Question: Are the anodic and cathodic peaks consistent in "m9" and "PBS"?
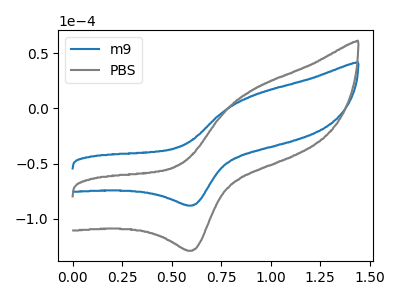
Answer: <think>The blue curve "m9" has an anodic peak at (0.90V, 11.45uA) and a cathodic peak at (0.60V, -88.10uA). The gray curve "PBS" has an anodic peak at (0.90V, 16.75uA) and a cathodic peak at (0.60V, -128.95uA).</think>
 <answer>Yes, "m9" have a peak in "PBS" at the same potential.</answer>
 <eval>match</eval>